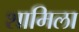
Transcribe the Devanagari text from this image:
शामिला